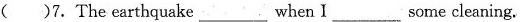
( )7. The earthquake ___when I___some cleaning.